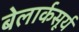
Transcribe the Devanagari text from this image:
बेलार्कसूर्य